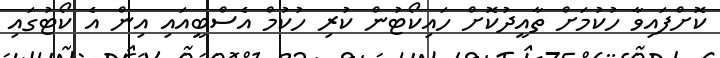
ކޮށްފައިވާ ހުކުމަށް ތާއީދުކޮށް ހައިކޯޓުން ކުރި ހުކުމް އެސްބީއައި އިން އެ ކޯޓުގައި